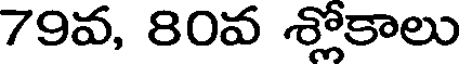
79వ, 80వ శ్లోకాలు